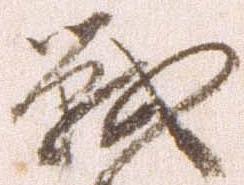
戦